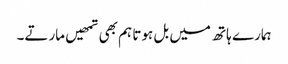
ہمارے ہاتھ میں بل ہوتا ہم بھی تمھیں مارتے۔